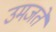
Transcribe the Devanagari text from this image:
उमजते